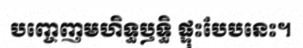
បញ្ចេញមហិទ្ធឫទ្ធិ ផ្ទុះបែបនេះ។